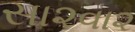
સા૨વા૨